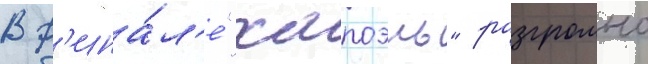
В ф'ина́л'е "хапоэль" разгромно